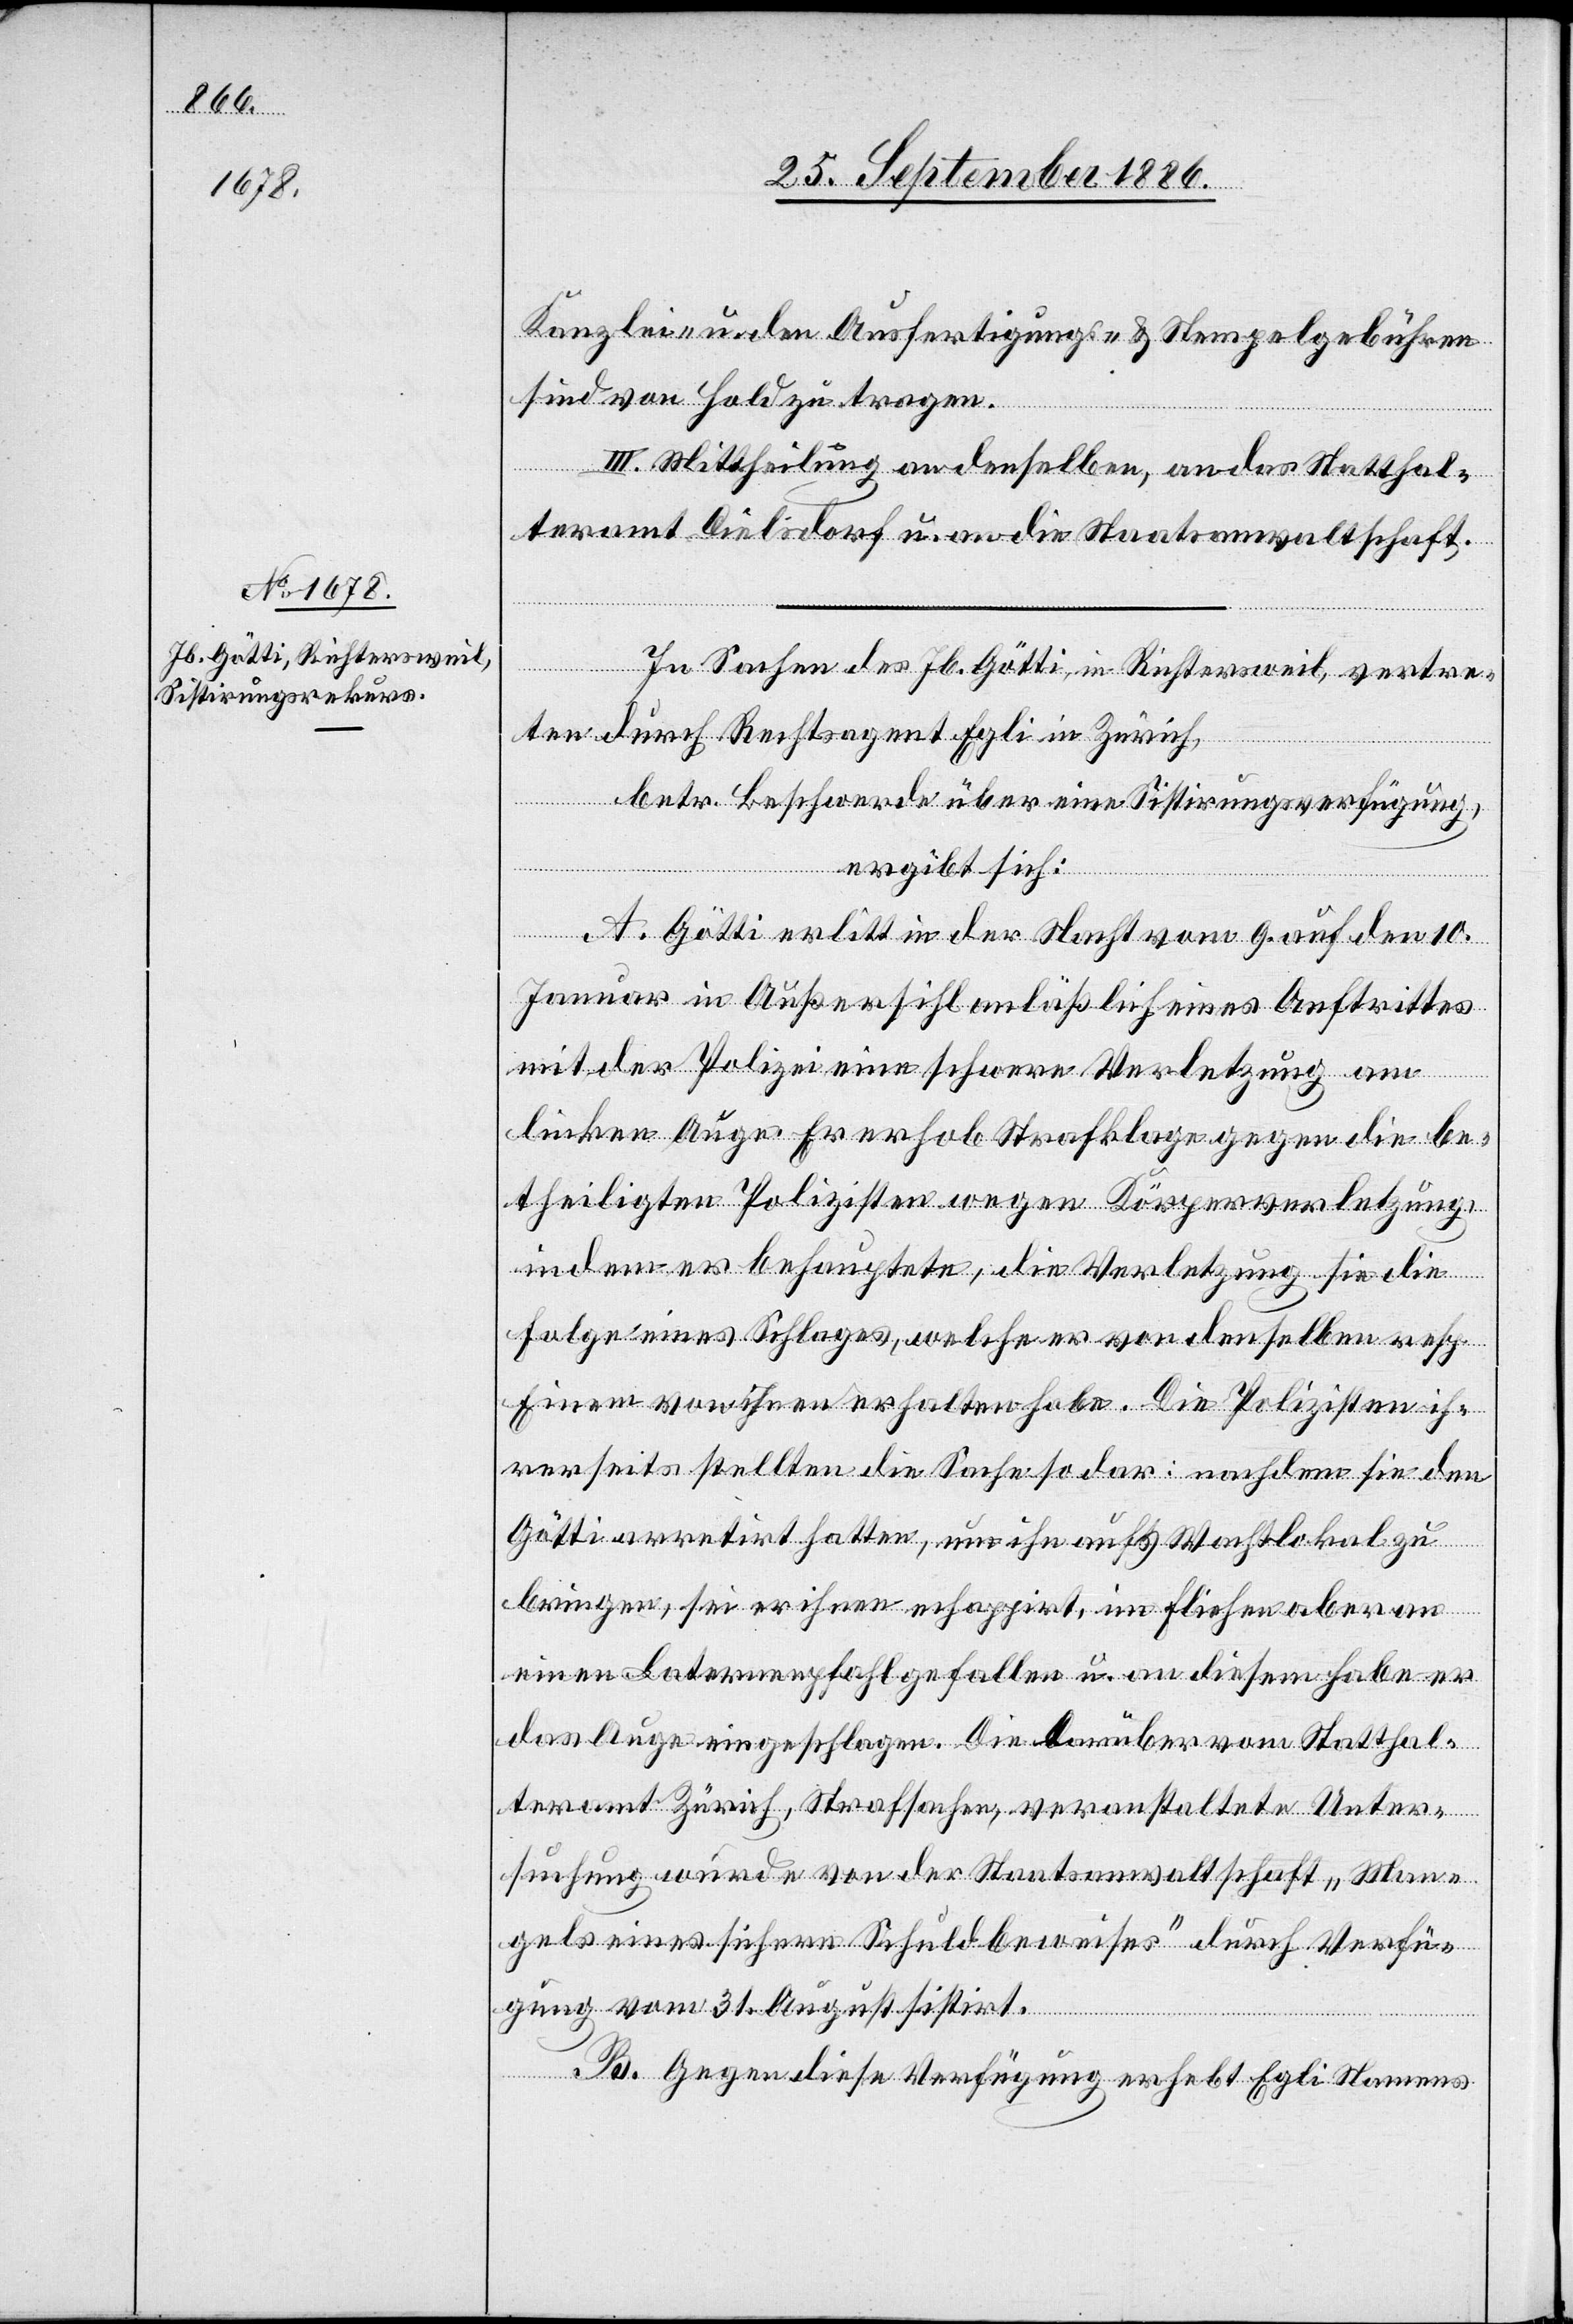
Kanzlei- u. den Ausfertigungs- & Stempelgebühren
sind von Hold zu tragen.
III. Mittheilung an denselben, an das Statthal¬
teramt Dielsdorf u. an die Staatsanwaltschaft.
In Sachen des Jb. Götti, in Richtersweil, vertre¬
ten durch Rechtsagent Egli, in Zürich,
betr. Beschwerde über eine Sistirungsverfügung,
ergibt sich:
A. Götti erlitt in der Nacht vom 9. auf den 10.
Januar in Außersihl anläßlich eines Auftrittes
mit der Polizei eine schwere Verletzung am
die
linken Auge. Er erhob Strafklage gegen die be¬
theiligten Polizisten wegen Körperverletzung
indem er behauptete, die Verletzung sie [re¬
Folge eines Schlages, welche[n] er von denselben resp.
Einem von Ihnen erhalten habe. Die Polizisten ih¬
rerseits stellten die Sache so dar: nachdem sie den
Götti arretirt hatten, um ihn aufs Wachtlokal zu
bringen, sei er ihnen echappirt, im Fliehen aber an
einen Laternenpfahl gefallen u. an diesem habe er
das Auge eingeschlagen. Die darüber vom Statthal¬
teramt Zürich, Strafsachen, veranstaltete Unter¬
suchung wurde von der Staatsanwaltschaft „Man¬
gels eines sichern Schuldbeweises“ durch Verfü¬
gung vom 31. August sisirt.
B. Gegen diese Verfügung erhebt Egli Namens